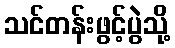
သင်တန်းဖွင့်ပွဲသို့